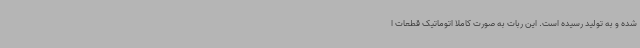
شده و به تولید رسیده است. این ربات به صورت کاملا اتوماتیک قطعات ا